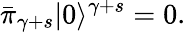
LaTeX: \bar{\pi}_{\gamma+s}|0\rangle^{\gamma+s}=0.